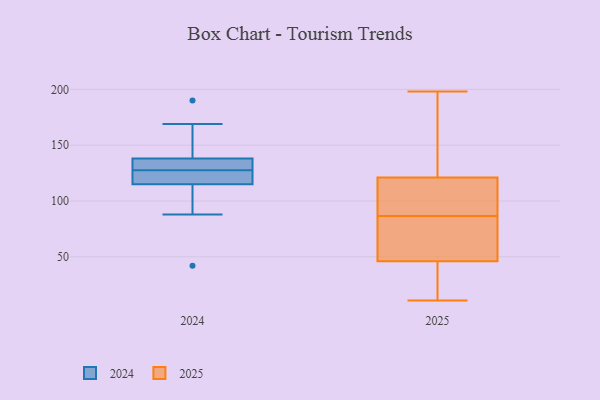
{"axis": {"x": "Population (Million)", "y": "Value"}, "legend": ["2024", "2025"], "data": [{"x": "", "y": 123, "type": "2024"}, {"x": "", "y": 133, "type": "2024"}, {"x": "", "y": 190, "type": "2024"}, {"x": "", "y": 42, "type": "2024"}, {"x": "", "y": 124, "type": "2024"}, {"x": "", "y": 169, "type": "2024"}, {"x": "", "y": 115, "type": "2024"}, {"x": "", "y": 88, "type": "2024"}, {"x": "", "y": 131, "type": "2024"}, {"x": "", "y": 138, "type": "2024"}, {"x": "", "y": 121, "type": "2025"}, {"x": "", "y": 56, "type": "2025"}, {"x": "", "y": 28, "type": "2025"}, {"x": "", "y": 62, "type": "2025"}, {"x": "", "y": 93, "type": "2025"}, {"x": "", "y": 90, "type": "2025"}, {"x": "", "y": 11, "type": "2025"}, {"x": "", "y": 198, "type": "2025"}, {"x": "", "y": 87, "type": "2025"}, {"x": "", "y": 80, "type": "2025"}, {"x": "", "y": 46, "type": "2025"}, {"x": "", "y": 25, "type": "2025"}, {"x": "", "y": 28, "type": "2025"}, {"x": "", "y": 88, "type": "2025"}, {"x": "", "y": 86, "type": "2025"}, {"x": "", "y": 188, "type": "2025"}, {"x": "", "y": 146, "type": "2025"}, {"x": "", "y": 163, "type": "2025"}]}